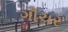
ગૌચર